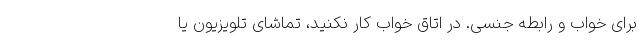
برای خواب و رابطه جنسی. در اتاق خواب کار نکنید، تماشای تلویزیون یا